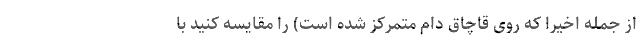
از جمله اخیراً که روی قاچاق دام متمرکز شده است) را مقایسه کنید با